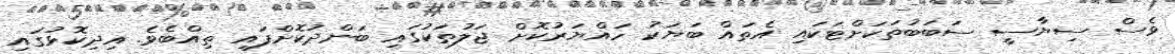
ވެސް ސިޔާސީ ސަބަބުތަކަށްޓަކައި އެތައް ބަޔަކު ހައްޔަރުކޮށް ޖަލުތަކުގައި ބަންދުކޮށްފައި ތިއްބެެވެ. އިދިކޮޅުގައި